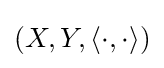
(X,Y,\langle \cdot ,\cdot \rangle )